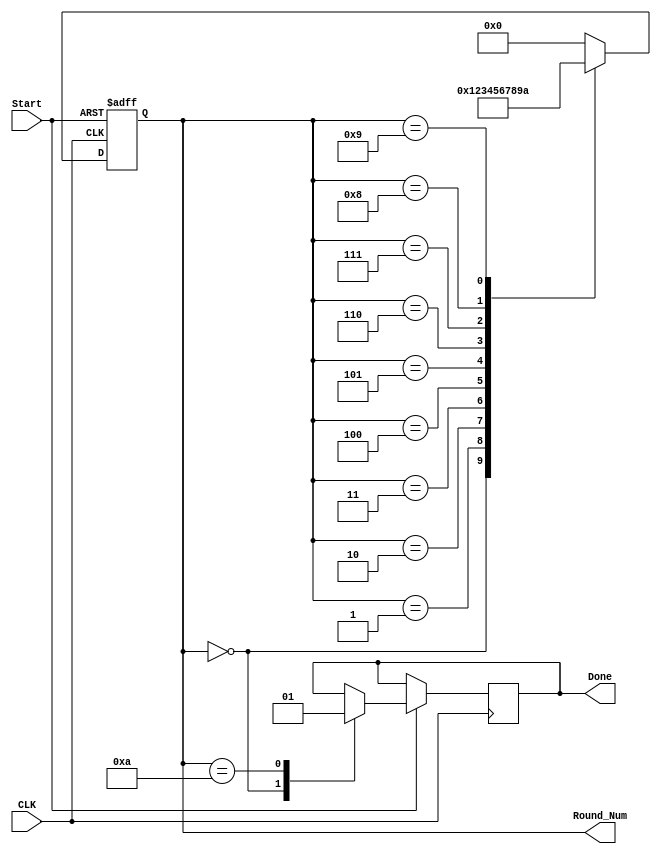
module State_Machine # ( parameter BYTE = 8 , parameter WORD = 32 , parameter SENTENCE = 128 )
( input CLK , input Start , output reg Done ,output reg [3:0] Round_Num ) ;
localparam round_0 = 4'd0 , round_1 = 4'd1 , round_2 = 4'd2 , round_3 = 4'd3 , round_4 = 4'd4 , round_5 = 4'd5 ,
 round_6 = 4'd6 , round_7 = 4'd7 , round_8 = 4'd8 , round_9 = 4'd9 ,  round_10 = 4'd10 ;

 // initiate the state machine with the beginning - round 0  
initial begin  
	Round_Num = round_0 ; 
end
 
always @ ( posedge CLK or negedge Start  ) begin
	if ( !Start ) begin // like nrst - reset the state machine
		Round_Num = round_0 ; 
	end else
	case ( Round_Num ) // switch case for the next state
		round_0 : begin Round_Num = round_1 ; Done = 0 ; end
		
		round_1 : begin Round_Num = round_2 ; end
		round_2 : begin Round_Num = round_3 ; end
		round_3 : begin Round_Num = round_4 ; end
		round_4 : begin Round_Num = round_5 ; end
		round_5 : begin Round_Num = round_6 ; end
		round_6 : begin Round_Num = round_7 ; end
		round_7 : begin Round_Num = round_8 ; end
		round_8 : begin Round_Num = round_9 ; end
		round_9 : begin Round_Num = round_10 ; end
		
		round_10 : begin
		Round_Num = round_0 ; // after 10 round go to beginning
		Done = 1 ;	// output done to 1 for the cipher text to output  
		end
		
		default : Round_Num = round_0 ;
		
	endcase
 end
endmodule